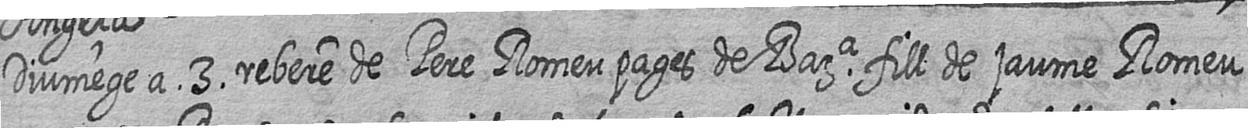
Diumege a 3 rebere de Pere Romeu pages de Bara fill de jaume Romeu